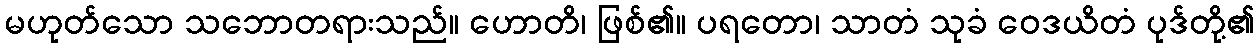
မဟုတ်သော သဘောတရားသည်။ ဟောတိ၊ ဖြစ်၏။ ပရတော၊ သာတံ သုခံ ဝေဒယိတံ ပုဒ်တို့၏